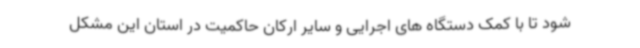
شود تا با کمک دستگاه های اجرایی و سایر ارکان حاکمیت در استان این مشکل